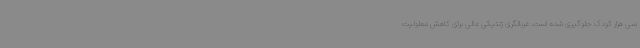
سی هزار کودک جلوگیری شده است. غربالگری ژنتیکی عالی برای کاهش معلولیت